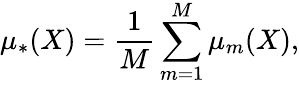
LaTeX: \mu_{*}(X)=\frac{1}{M}\sum_{m=1}^{M}\mu_{m}(X),